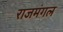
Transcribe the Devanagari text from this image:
राजमंगल